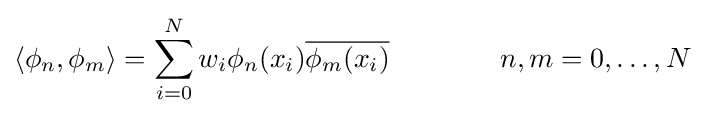
\langle \phi _{n},\phi _{m}\rangle =\sum _{i=0}^{N}w_{i}\phi _{n}(x_{i}){\overline {\phi _{m}(x_{i})}}\qquad \qquad n,m=0,\ldots ,N